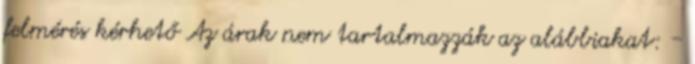
felmérés kérhető Az árak nem tartalmazzák az alábbiakat: -